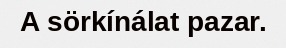
A sörkínálat pazar.